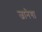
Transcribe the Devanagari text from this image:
जानेगा